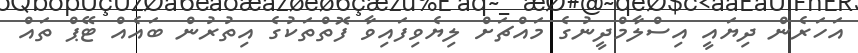
އަހަރެން ދިޔައީ އިސްލާމްދީނުގެ މައްޗަށް ލިޔެވިފައިވާ ފޮތްތަކުގެ އިތުރުން ބައެއް ޓޭޕް ތައް